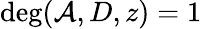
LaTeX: \deg(\mathcal{A},D,z)=1